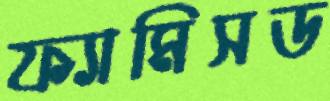
ফ্যামিসড